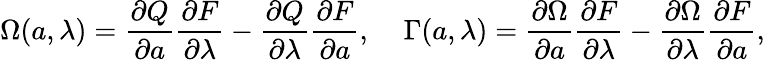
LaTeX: \Omega({a},\lambda)=\frac{\partial Q}{\partial{a}}\frac{\partial F}{\partial\lambda}-\frac{\partial Q}{\partial\lambda}\frac{\partial F}{\partial{a}},\; \; \; \; \Gamma({a},\lambda)=\frac{\partial\Omega}{\partial{a}}\frac{\partial F}{\partial\lambda}-\frac{\partial\Omega}{\partial\lambda}\frac{\partial F}{\partial{a}},